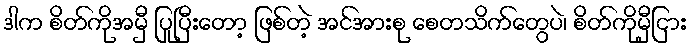
ဒါက စိတ်ကိုအမှီ ပြုပြီးတော့ ဖြစ်တဲ့ အင်အားစု စေတသိက်တွေပဲ၊ စိတ်ကိုမှီငြား